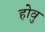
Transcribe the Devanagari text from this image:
होवु